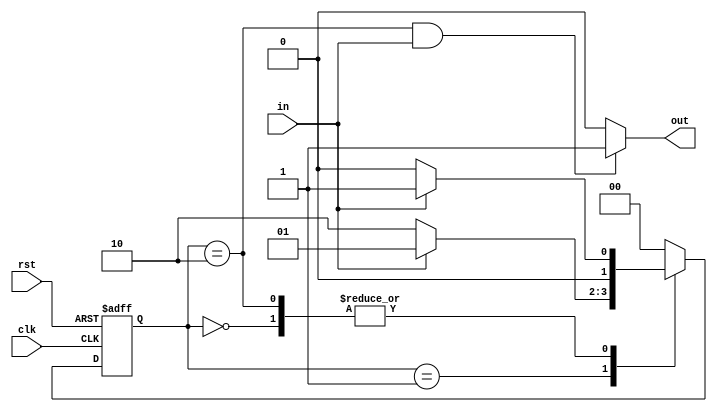
`timescale 1ns / 1ps

module pattern_detector(
input clk, rst,
input in,
output out );
//State Definition
parameter State_A = 2'b00;
parameter State_B = 2'b01;
parameter State_C = 2'b10;

reg [1:0] present_state, next_state;

//Initial State Logic
always @(posedge clk or posedge rst) begin
if(rst)begin present_state <= State_A; end
else begin present_state <= next_state; end
end

//Transition Logic
always @(present_state or in) begin
case (present_state) 
    State_A:begin
        if(in == 1) begin next_state <= State_B; end
        else begin next_state <= State_A; end 
        end
    State_B:begin
        if(in == 1) begin next_state <= State_B; end
        else begin next_state <= State_C; end
        end 
    State_C:begin
        if(in == 1) begin 
        next_state <= State_B;
        //next_state <= State_A;  //Non-overlapping case
        end
        else begin next_state <= State_A; end
        end 
    default:next_state <= State_A;
    endcase 
end
//Output Logic
assign out = ((present_state == State_C)&&(in == 1))? 1:0;

endmodule